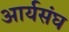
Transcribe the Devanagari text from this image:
आर्यसंघ